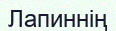
Лапиннің